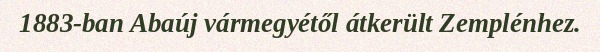
1883-ban Abaúj vármegyétől átkerült Zemplénhez.